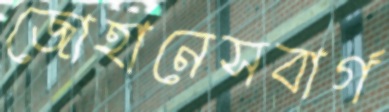
জোহানেসবার্গ